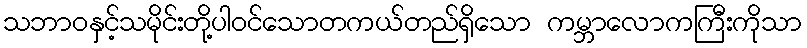
သဘာဝနှင့်သမိုင်းတို့ပါဝင်သောတကယ်တည်ရှိသော ကမ္ဘာလောကကြီးကိုသာ